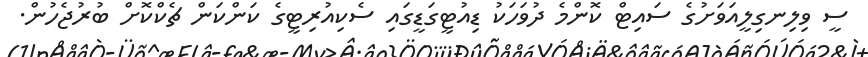
ސީ ވިލިނގިލީއަވަށުގެ ސައިޓް ކޮންމެ ދުވަހަކު ޑިއުޓީގަޑީގައި ސެކިއުރިޓީގެ ކަންކަން ޗެކްކޮށް ބުރުޖެހުން.